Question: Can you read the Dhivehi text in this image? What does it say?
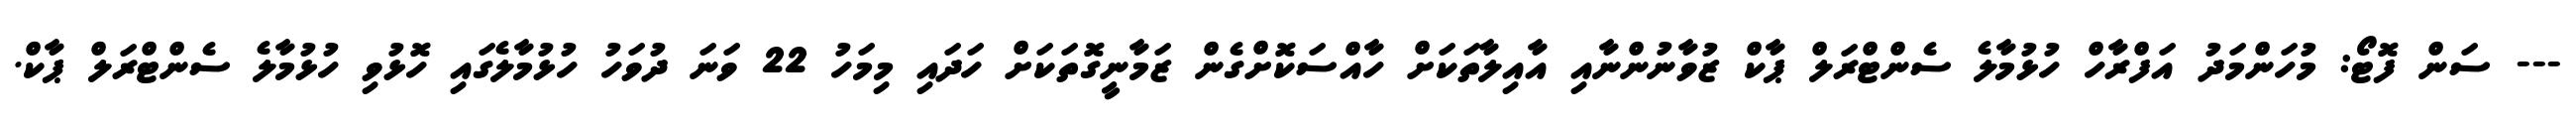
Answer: --- ސަން ފޮޓޯ: މުހަންމަދު އަފްރާހް ހުޅުމާލެ ސެންޓްރަލް ޕާކް ޒުވާނުންނާއި އާއިލާތަކަށް ހާއްސަކޮށްގެން ޒަމާނީގޮތަކަށް ހަދައި މިމަހު 22 ވަނަ ދުވަހު ހުޅުމާލެގައި ހޮޅުވި ހުޅުމާލެ ސެންޓްރަލް ޕާކް.